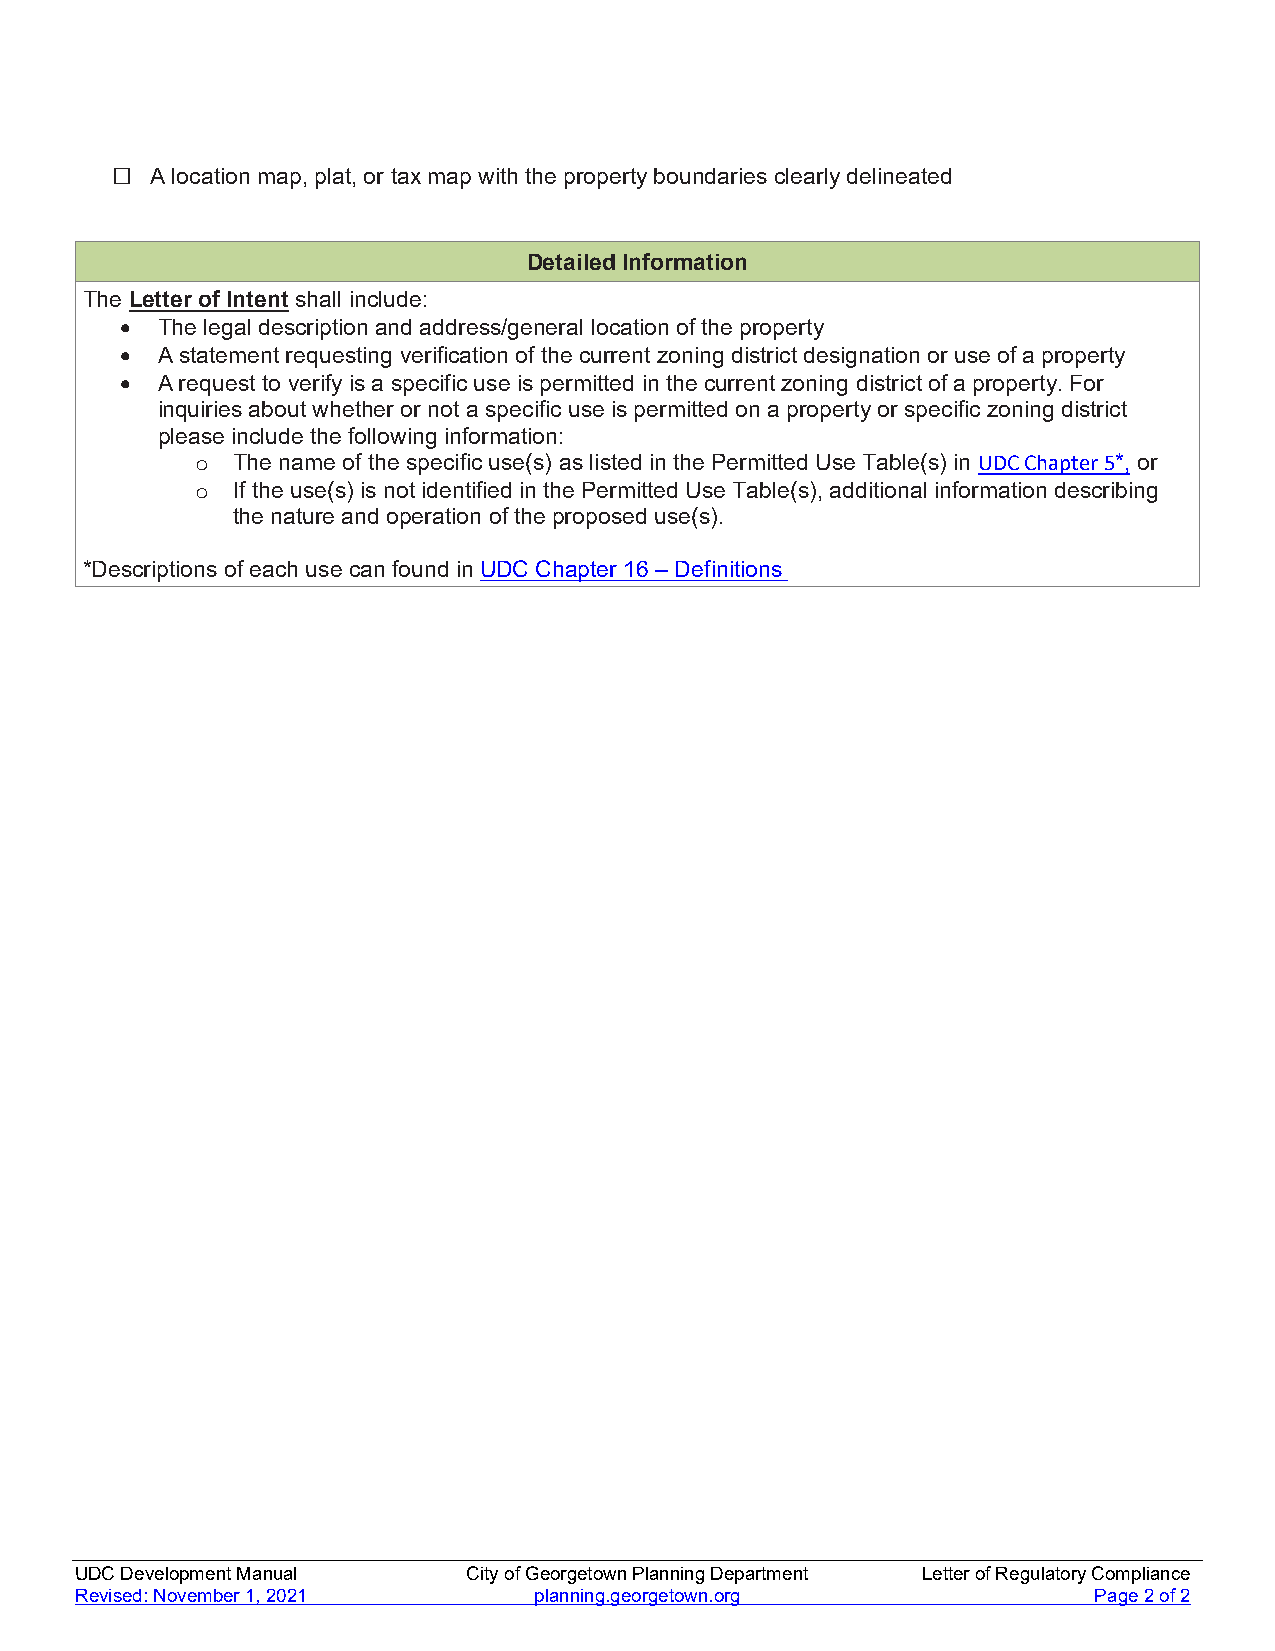
□  A location map, plat, or tax map with the property boundaries clearly delineated
 Detailed Information
 The Letter of Intent shall include:
  The legal description and address/general location of the property
  A statement requesting verification of the current zoning district designation or use of a property
  A request to verify is a specific use is permitted in the current zoning district of a property. For
 inquiries about whether or not a specific use is permitted on a property or specific zoning district
 please include the following information:
 o The name of the specific use(s) as listed in the Permitted Use Table(s) in UDC Chapter 5*, or
 o If the use(s) is not identified in the Permitted Use Table(s), additional information describing
 the nature and operation of the proposed use(s).
 *Descriptions of each use can found in UDC Chapter 16 – Definitions
 UDC Development Manual    City of Georgetown Planning Department Letter of Regulatory Compliance
 Revised: November 1, 2021     planning.georgetown.org              Page 2 of 2